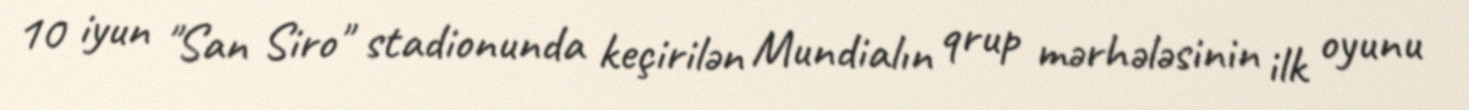
10 iyun "San Siro" stadionunda keçirilən Mundialın qrup mərhələsinin ilk oyunu